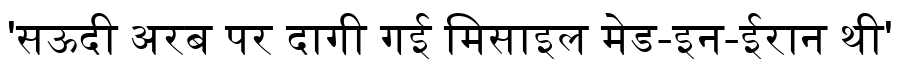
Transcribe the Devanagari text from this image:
'सऊदी अरब पर दागी गई मिसाइल मेड-इन-ईरान थी'